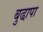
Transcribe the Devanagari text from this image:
बुढा़पा